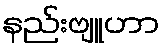
နည်းဗျူဟာ